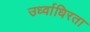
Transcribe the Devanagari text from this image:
उर्ध्वाधिरता